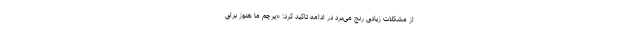
از مشکلات زیادی رنج می‌برد در ادامه تاکید کرد: «پرچم ما هنوز برای